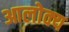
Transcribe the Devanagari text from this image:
आलोक्य